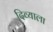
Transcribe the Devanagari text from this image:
दिव्याला